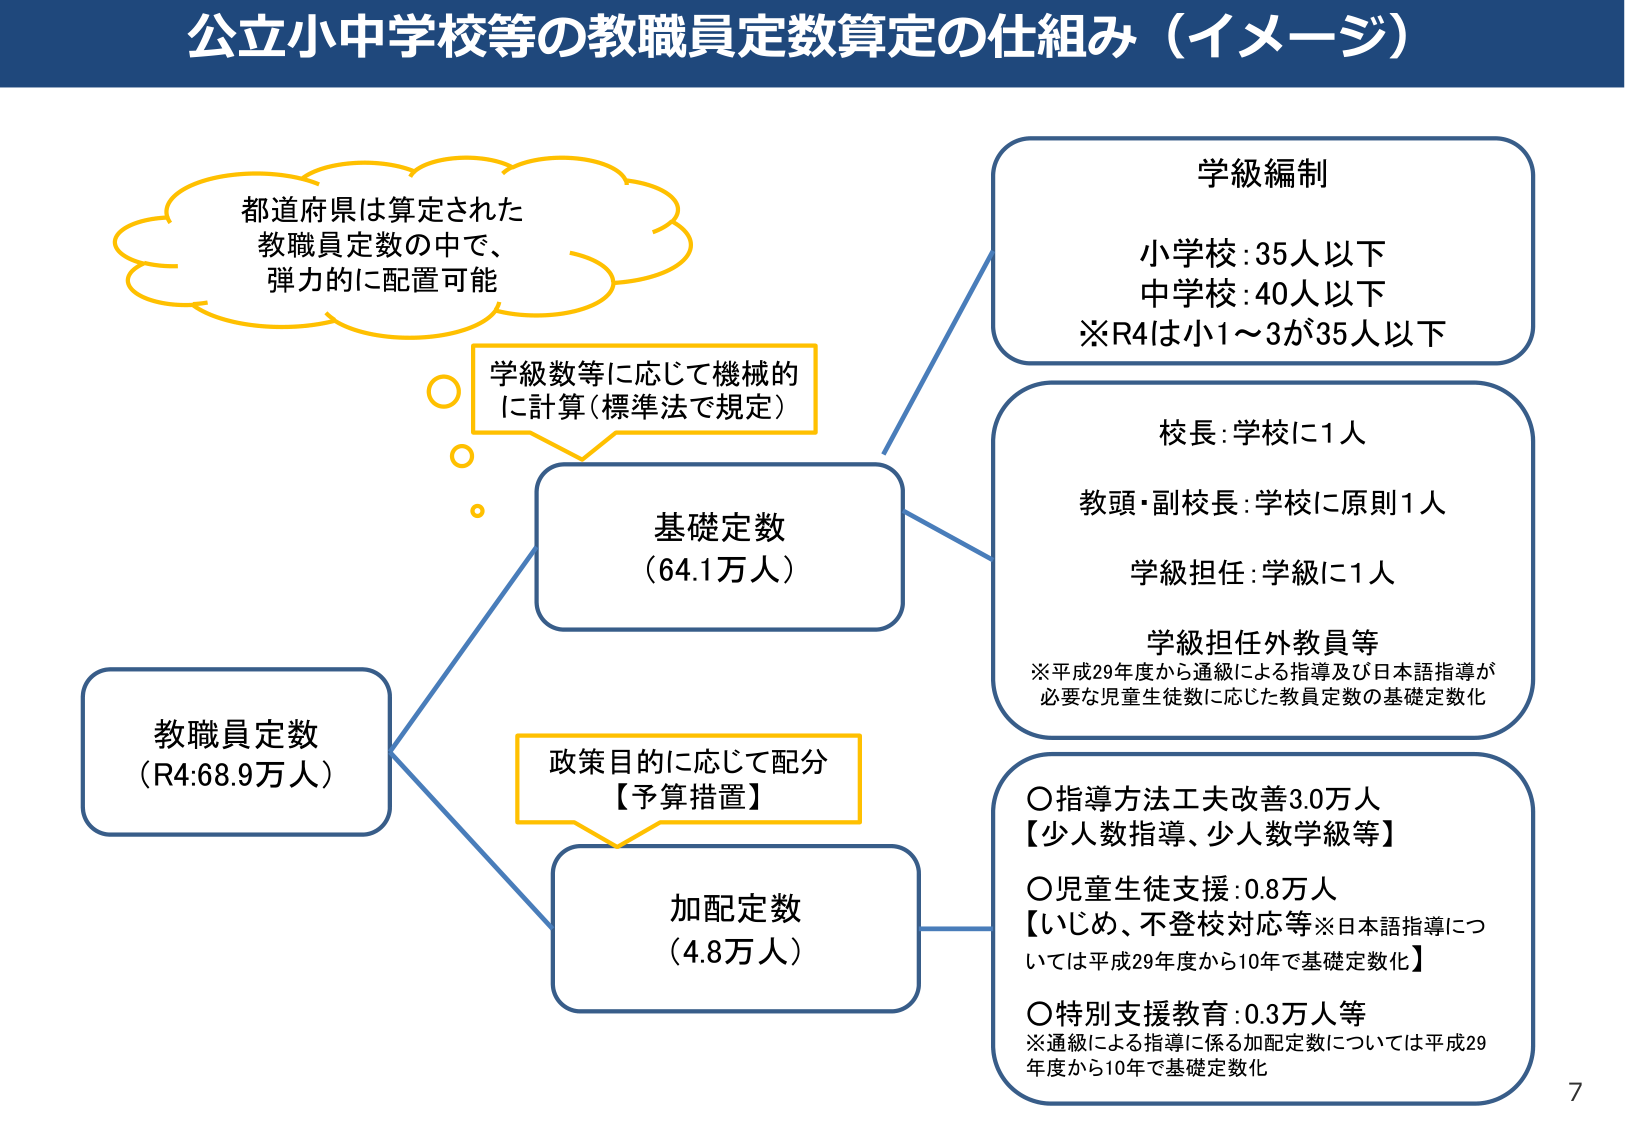
公立小中学校等の教職員定数算定の仕組み（イメージ）

教職員定数
（R4:68.9万人）

基礎定数
（64.1万人）

加配定数
（4.8万人）

学級編制
小学校:35人以下
中学校:40人以下
※R4は小1～3が35人以下

校長:学校に1人
教頭・副校長:学校に原則1人
学級担任:学級に1人
学級担任外教員等
※平成29年度から通級による指導及び日本語指導が必要な児童生徒数に応じた教員定数の基礎定数化

○指導方法工夫改善3.0万人
【少人数指導、少人数学級等】
○児童生徒支援:0.8万人
【いじめ、不登校対応等※日本語指導については平成29年度から10年で基礎定数化】
○特別支援教育:0.3万人等
※通級による指導に係る加配定数については平成29年度から10年で基礎定数化

都道府県は算定された
教職員定数の中で、
弾力的に配置可能

学級数等に応じて機械的
に計算（標準法で規定）

政策目的に応じて配分
【予算措置】

7